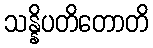
သန္နိပတိတောတိ